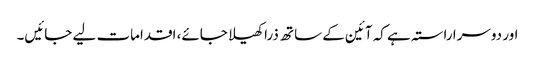
اور دوسرا راستہ ہے کہ آئین کے ساتھ ذرا کھیلا جائے، اقدامات لیے جائیں۔